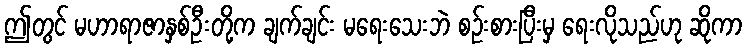
ဤတွင် မဟာရာဇာနှစ်ဦးတို့က ချက်ချင်း မရေးသေးဘဲ စဉ်းစားပြီးမှ ရေးလိုသည်ဟု ဆိုကာ